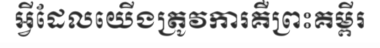
អ្វីដែលយើងត្រូវការគឺព្រះគម្ពីរ